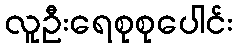
လူဦးရေစုစုပေါင်း